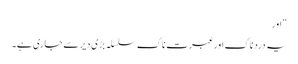
“ اور
یہ درد ناک اور عبرت ناک سلسلہ بڑی دیر سے جاری ہے۔